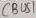
Text: CBUS1